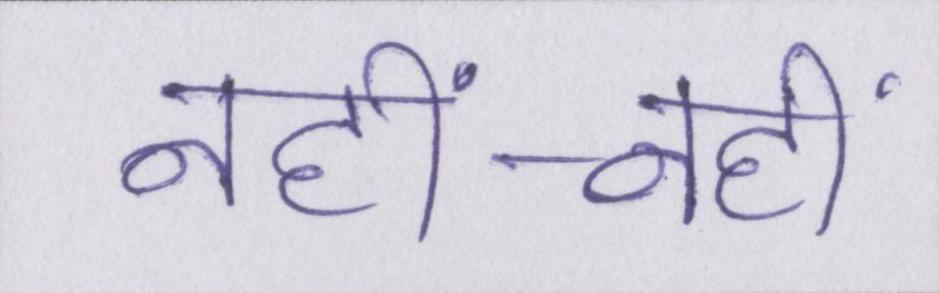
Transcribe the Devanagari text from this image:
नहीं-नहीं